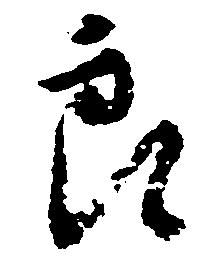
郎